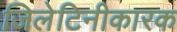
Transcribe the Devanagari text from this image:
जिलेटिनीकारक